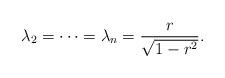
LaTeX: \begin{align*}\lambda_2 = \cdots = \lambda_n = \frac{r}{\sqrt{1-r^2}}.\end{align*}